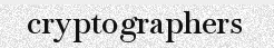
cryptographers